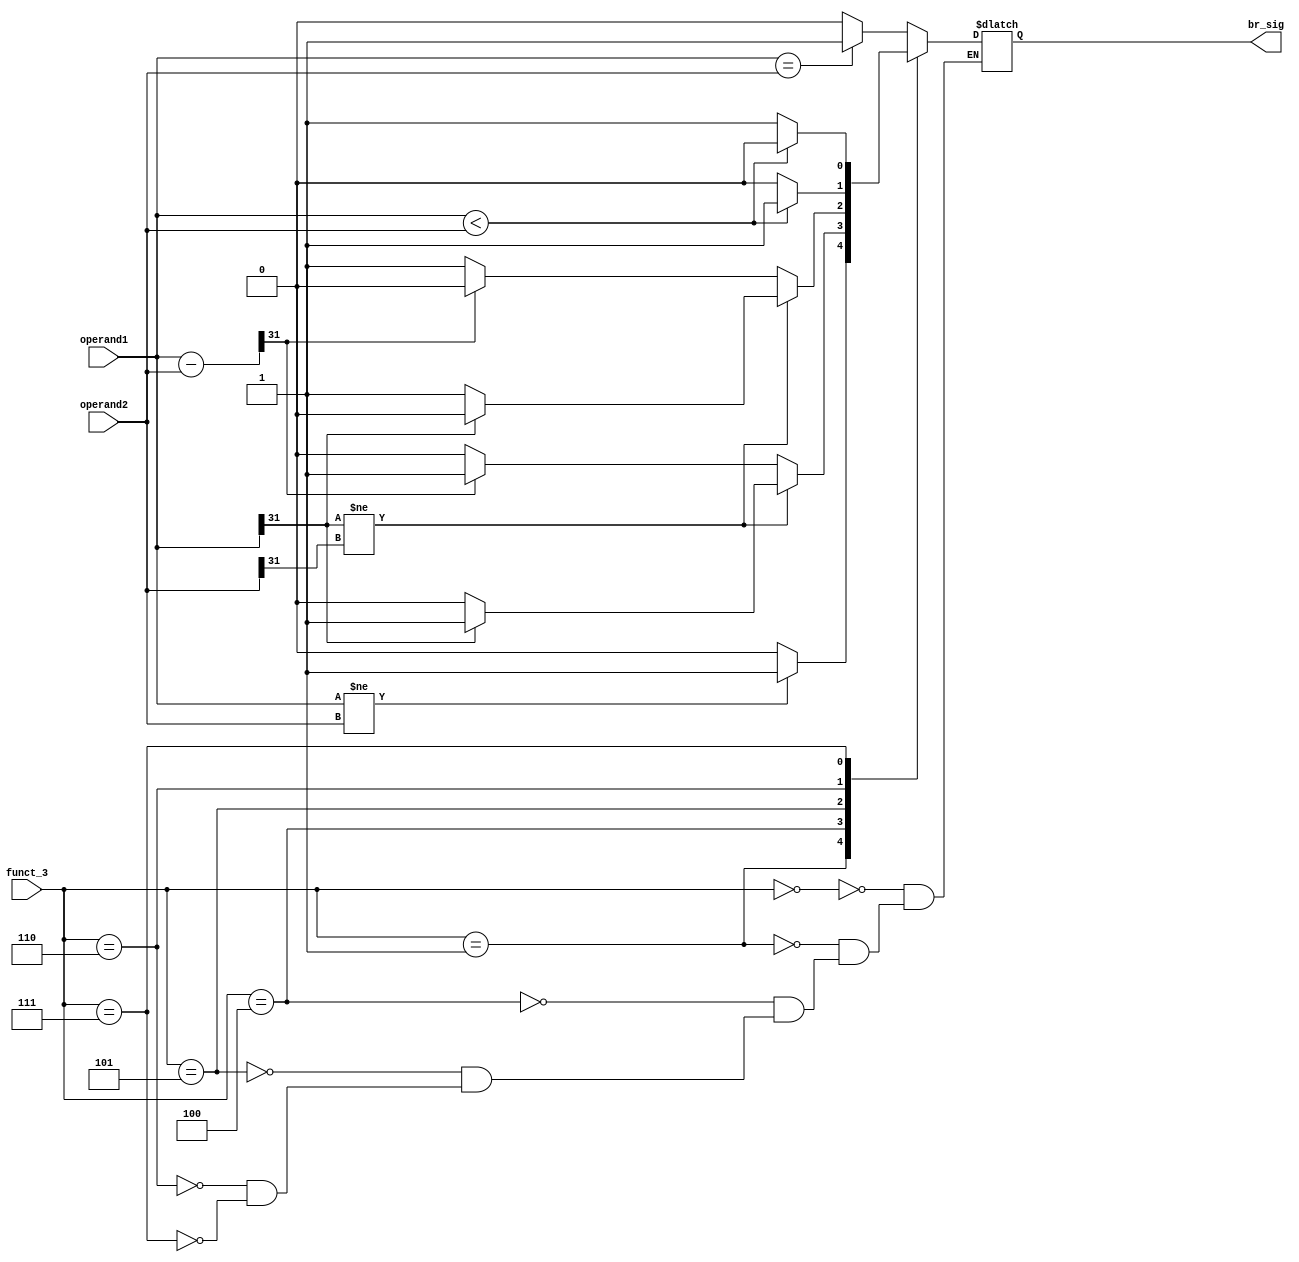
//Comparator Module
//Dated: 23rd May 2023
//Intel Quartus Prime Lite


//------------------------------------------------------------------------------------

`timescale 1ns / 1ps

module Comparator(
input [2:0] funct_3,
input [31:0] operand1,
input [31:0] operand2,
output reg br_sig
);
reg [31:0] sub_result;

always @(*) begin
sub_result = operand1 - operand2;

  case (funct_3)
     3'b000:
        begin
           br_sig = (operand1 == operand2) ? 1'b1 : 1'b0;
        end
        
     3'b001:
        begin
           br_sig = (operand1 != operand2) ? 1'b1 : 1'b0;
        end
        
     3'b100:
        begin
           if (operand1[31] != operand2[31])
              br_sig = (operand1[31]) ? 32'h1 : 32'h0;
           else
              br_sig = (sub_result[31]) ? 32'h1 : 32'h0;
        end
        
     3'b101:
        begin
           if (operand1[31] != operand2[31])
              br_sig = operand1[31] ? 32'h0 : 32'h1;
           else
              br_sig = sub_result[31] ? 32'h0 : 32'h1;
        end
        
     3'b110:
        begin
           br_sig = (operand1 < operand2) ? 32'h1 : 32'h0;
        end
        
     3'b111:
        begin
           br_sig = (operand1 < operand2) ? 32'h0 : 32'h1;
        end
  endcase
end
endmodule